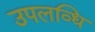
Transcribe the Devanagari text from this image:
उपलव्धि